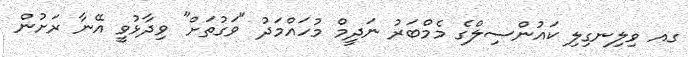
ގއ ވިިލިނގިލި ކައުންސިލްގެ މެމްބަރު ނަދީމް މުހައްމަދު "ވަގުތަށް" ވިދާޅުވީ އޭނާ ރަށުން